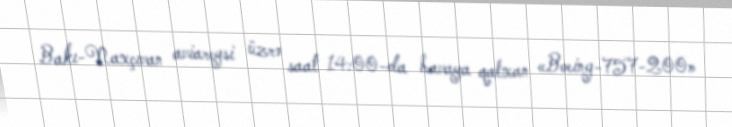
Bakı-Naxçıvan aviareysi üzrə saat 14:00-da havaya qalxan «Boeing-757-200»